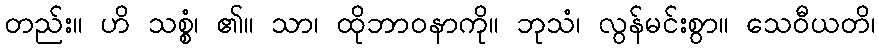
တည်း။ ဟိ သစ္စံ၊ ၏။ သာ၊ ထိုဘာဝနာကို။ ဘုသံ၊ လွန်မင်းစွာ။ သေဝီယတိ၊